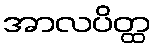
အာလပိတ္ထ